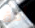
أمة